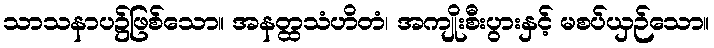
သာသနာပ၌ဖြစ်သော။ အနတ္ထသံဟိတံ၊ အကျိုးစီးပွားနှင့် မစပ်ယှဉ်သော။